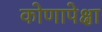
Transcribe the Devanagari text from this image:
कोणापेक्षा